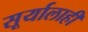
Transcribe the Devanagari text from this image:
सूर्यालाही